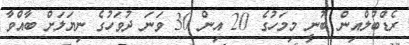
ރެޑްބުލްއިން ބުނީ މިމަހުގެ 20 އިން 30 ވަނަ ދުވަހުގެ ނިޔަލަށް ބާއްވާ